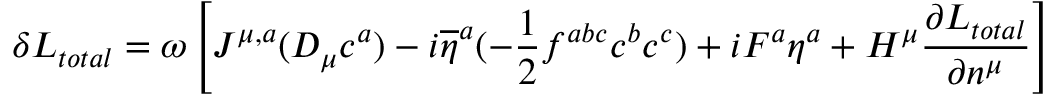
\delta { \cal L } _ { t o t a l } = \omega \left[ J ^ { \mu , a } ( D _ { \mu } c ^ { a } ) - i \overline { { { \eta } } } ^ { a } ( - { \frac { 1 } { 2 } } f ^ { a b c } c ^ { b } c ^ { c } ) + i F ^ { a } \eta ^ { a } + H ^ { \mu } { \frac { \partial { \cal L } _ { t o t a l } } { \partial n ^ { \mu } } } \right]